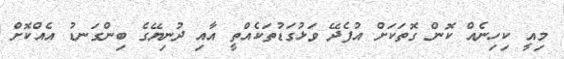
މިއީ ކިހިނެއް ކޮން ގޮތަކަށް އުފެދޭ ވަޅުގަޑުތަކެއްތީ އާއި ދުނިޔޭގެ ބިންގަނޑު އެއްކޮށް